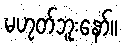
မဟုတ်ဘူးနော်။